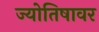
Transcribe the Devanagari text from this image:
ज्योतिषावर